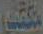
تكشف